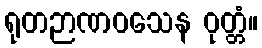
ရုတဉာဏဝသေန ဝုတ္တံ။